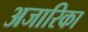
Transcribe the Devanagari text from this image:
अजारिका